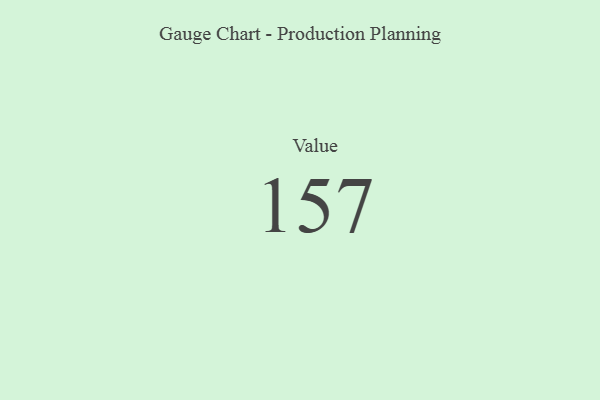
{"axis": {"x": "Metric", "y": "Value"}, "legend": [""], "data": [{"x": "Value", "y": 157, "type": ""}]}